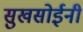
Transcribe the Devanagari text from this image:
सुखसोईनी